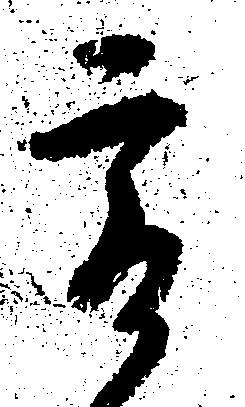
爰